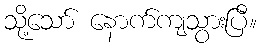
သို့သော် နောက်ကျသွားပြီ။